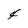
Character: 4